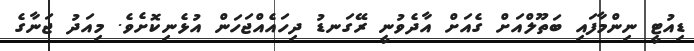
ޑިއުޓީ ނިންމާފައި ބަތޫލްއަށް ގެއަށް އާދެވުނީ ރޭގަނޑު ދިހައެއްޖަހަން އުޅެނިކޮށެވެ. މިއަދު ޖަނާގެ